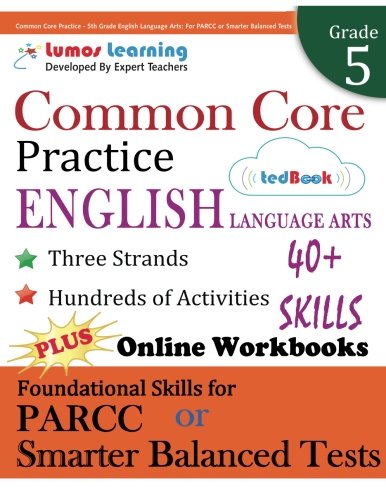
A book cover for Common Core Practice - 5th Grade English Language Arts: Workbooks to Prepare for the PARCC or Smarter Balanced Test: CCSS Aligend (CCSS Standards Practice) (Volume 5); Lumos Learning; Education & Teaching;